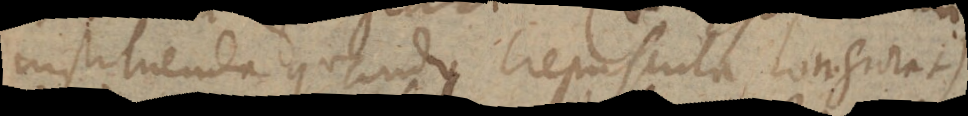
instituenda quando crepuscula longiora +)